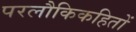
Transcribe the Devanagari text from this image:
परलौकिकहितों